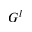
G ^ { l }